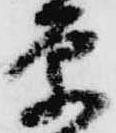
原